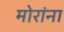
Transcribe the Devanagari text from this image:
मोरांना